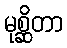
မုစ္ဆိတာ